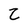
Character: Z